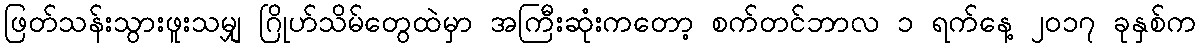
ဖြတ်သန်းသွားဖူးသမျှ ဂြိုဟ်သိမ်တွေထဲမှာ အကြီးဆုံးကတော့ စက်တင်ဘာလ ၁ ရက်နေ့ ၂၀၁၇ ခုနှစ်က